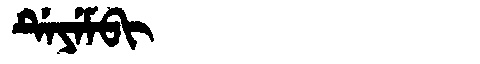
Manchu: ᡩᡝᠶᡝᠮᠪᡳ
Romanization: DEYEMBI